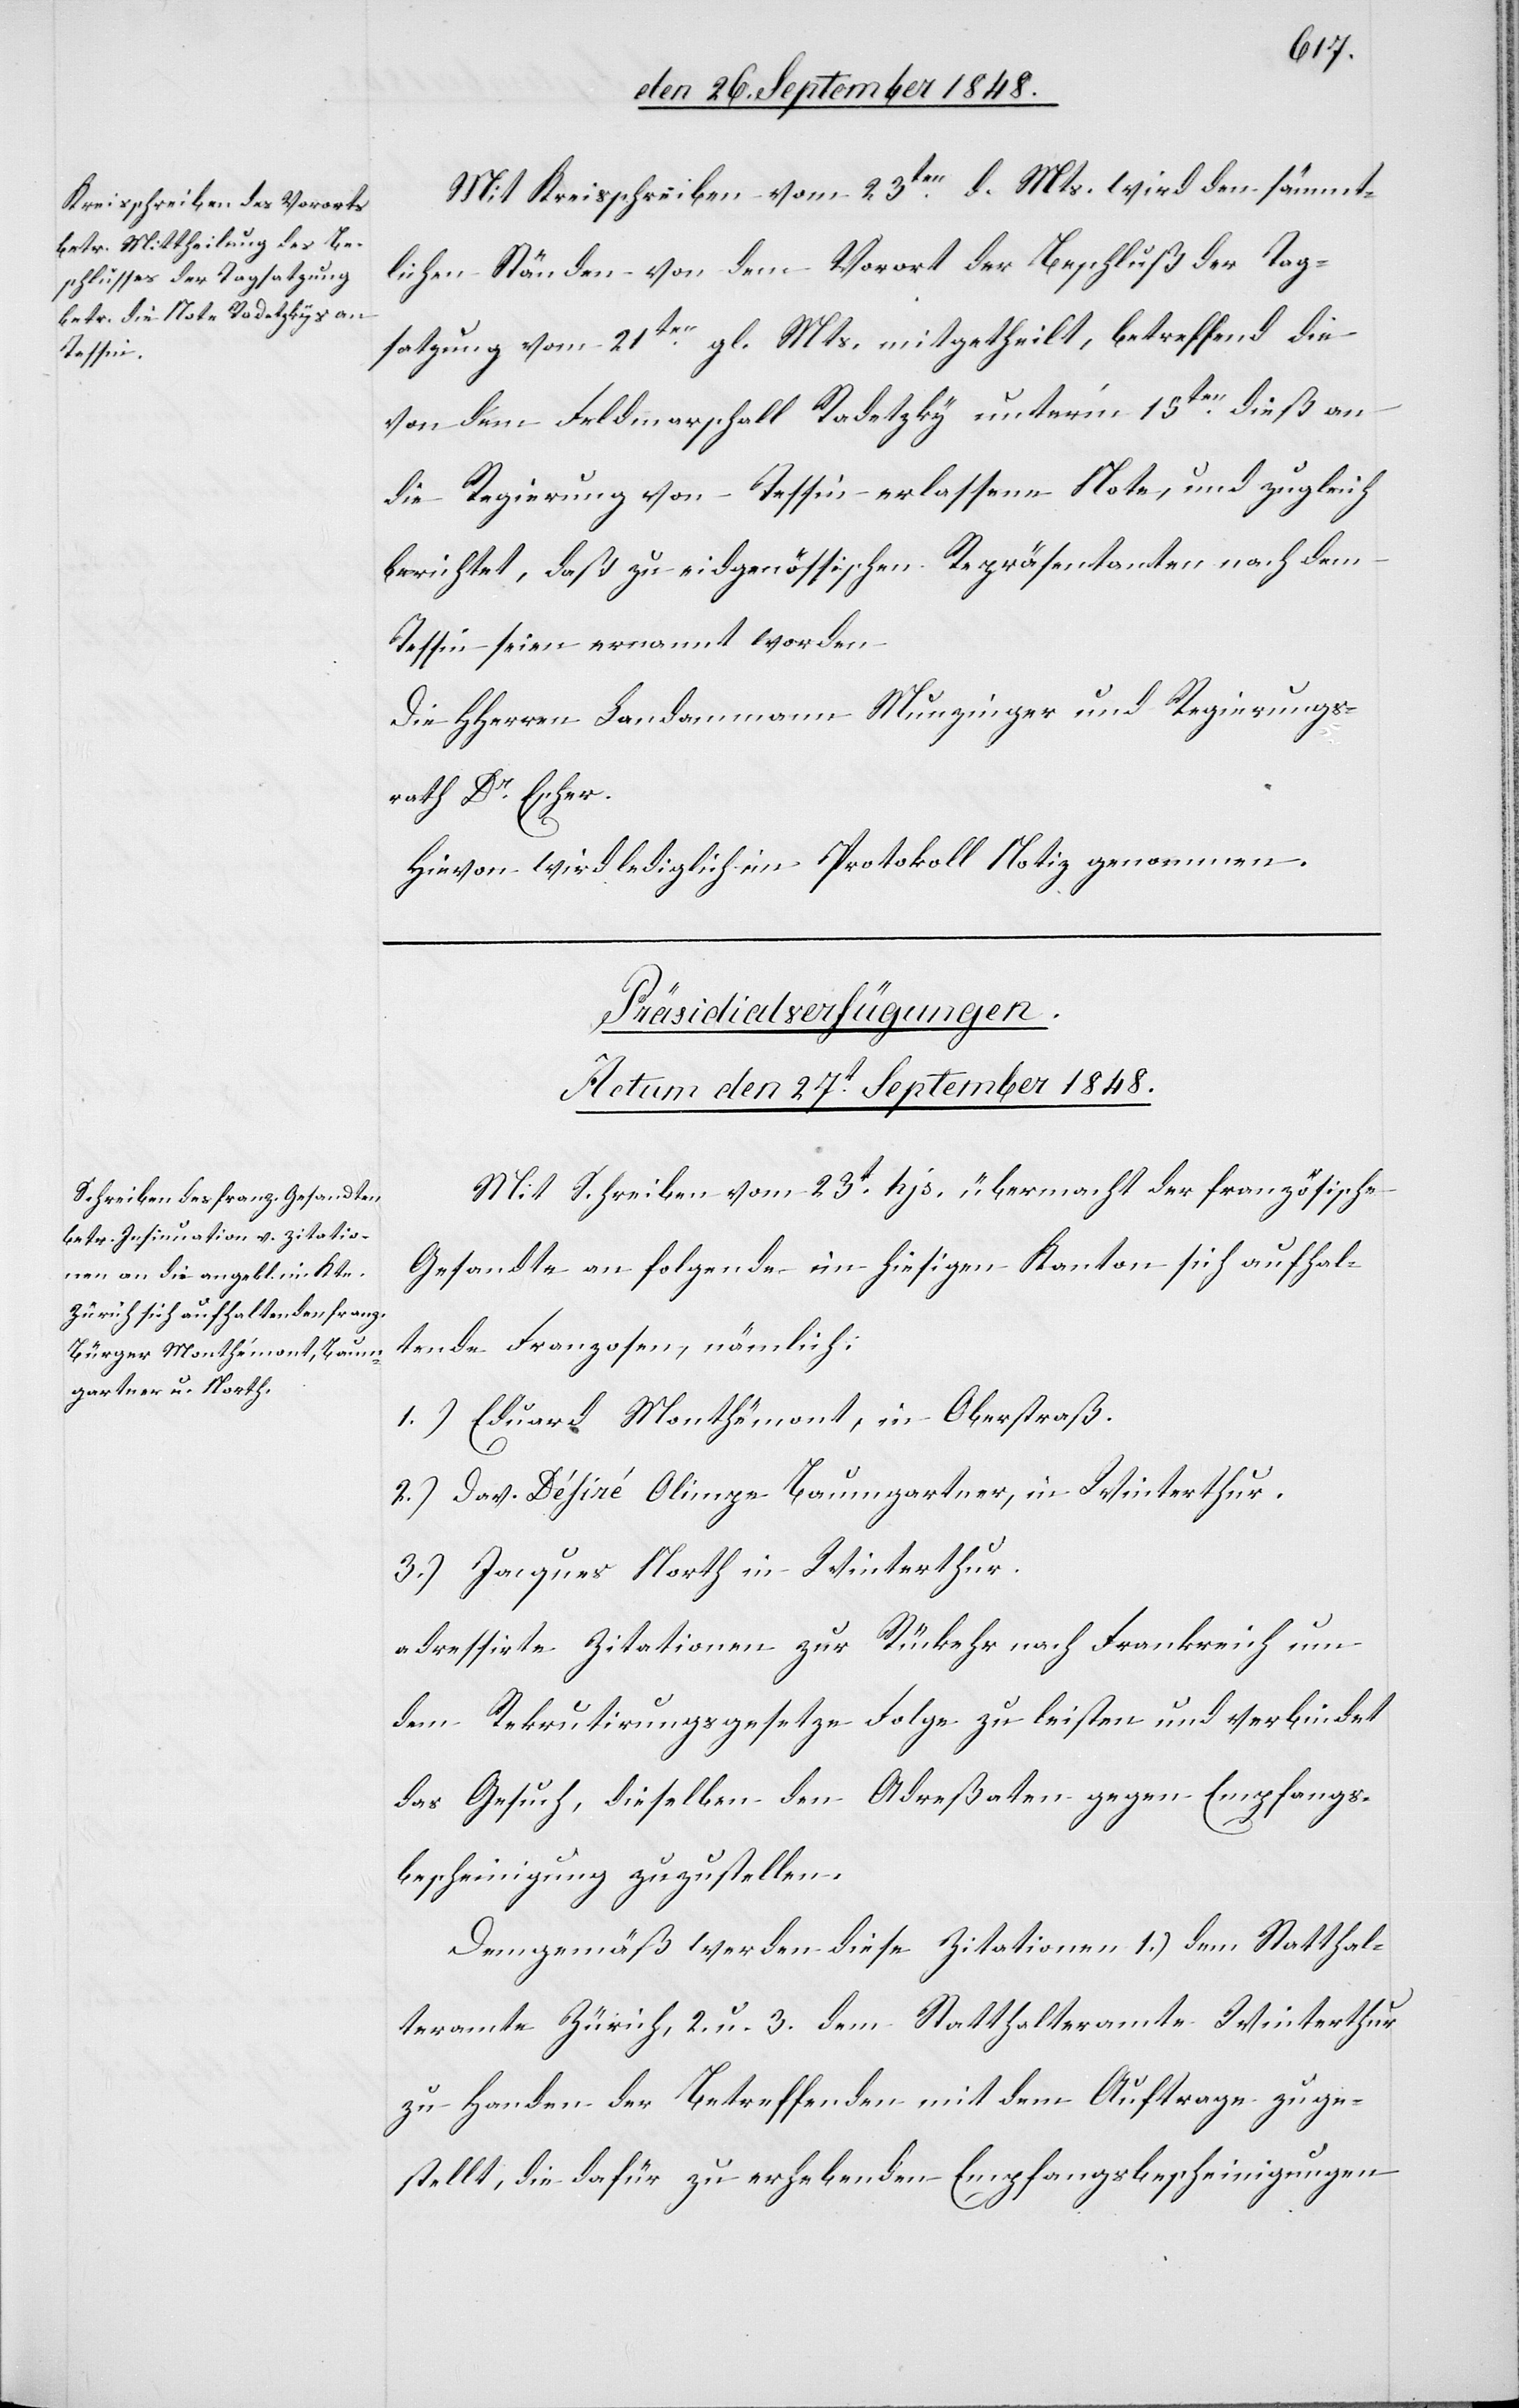
Mit Kreisschreiben vom 23ten d. Mts. wird den sämmt¬
lichen Ständen von dem Vorort der Beschluß der Tag¬
satzung vom 21ten gl. Mts. mitgetheilt, betreffend die
von dem Feldmarschall Radetzky unter’m 15ten dieß an
die Regierung von Tessin erlassene Note, und zugleich
berichtet, daß zu eidgenössischen Repräsentanten nach dem
Tessin seien ernannt worden.
Die HHerren Landammann Munzinger und Regierungs¬
rath Dr. Escher.
Hievon wird lediglich im Protokoll Notiz genommen.
Präsidialverfügungen.
Actum den 27t. September 1848.
Mit Schreiben vom 23t hjs. übermacht der französische
Gesandte an folgende im hiesigen Kanton sich aufhal¬
tende Franzosen, nämlich:
1.) Eduard Monthémont, in Oberstraß.
2.) Dav. Désiné Olinpe Baumgartner, in Winterthur.
3.) Jacques North in Winterthur.
adressirte Zitationen zur Rückkehr nach Frankreich um
den Rekrutirungsgesetze Folge zu leisten und verbindet
das Gesuch, dieselben den Adreßaten gegen Empfangs¬
bescheinigung zuzustellen.
Demgemäß werden diese Zitationen 1.) dem Statthal¬
teramte Zürich, 2. u. 3. dem Statthalteramte Winterthur
zu Handen der Betreffenden mit dem Auftrage zuge¬
stellt, die dafür zu erhebenden Empfangsbescheinigungen